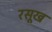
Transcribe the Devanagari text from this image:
रसूख